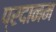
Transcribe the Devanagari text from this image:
प्रदानम